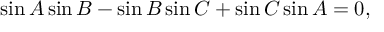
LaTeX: \sin A \sin B - \sin B \sin C + \sin C \sin A = 0 ,